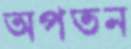
অপতন